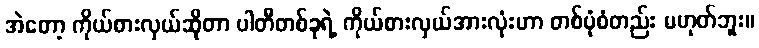
အဲတော့ ကိုယ်စားလှယ်ဆိုတာ ပါတီတစ်ခုရဲ့ ကိုယ်စားလှယ်အားလုံးဟာ တစ်ပုံစံတည်း မဟုတ်ဘူး။